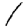
Digit: 1